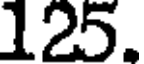
125.